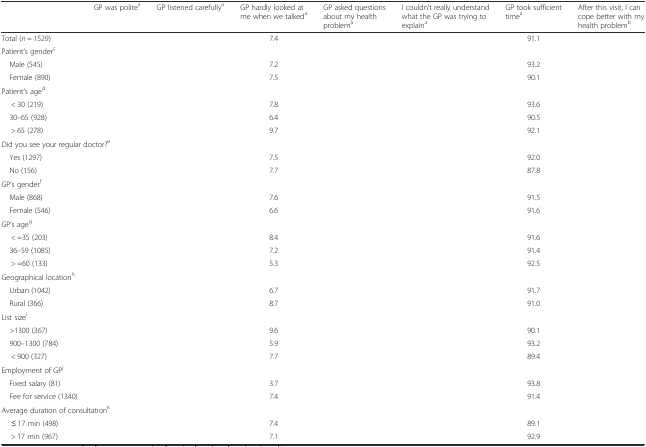
<table><thead><tr><td>[EMPTY_CELL]</td><td><b>GP was polite<sup>a</sup></b></td><td><b>GP listened carefully<sup>a</sup></b></td><td><b>GP hardly looked at me when we talked<sup>a</sup></b></td><td><b>GP asked questions about my health problem<sup>a</sup></b></td><td><b>I couldn’t really understand what the GP was trying to explain<sup>a</sup></b></td><td><b>GP took sufficient time<sup>a</sup></b></td><td><b>After this visit, I can cope better with my health problem<sup>b</sup></b></td></tr></thead><tbody><tr><td>Total (<i>n</i> = 1529)</td><td>[EMPTY_CELL]</td><td>[EMPTY_CELL]</td><td>7.4</td><td>[EMPTY_CELL]</td><td>[EMPTY_CELL]</td><td>91.1</td><td>[EMPTY_CELL]</td></tr><tr><td colspan="8">Patient’s gender<sup>c</sup></td></tr><tr><td> Male (545)</td><td>[EMPTY_CELL]</td><td>[EMPTY_CELL]</td><td>7.2</td><td>[EMPTY_CELL]</td><td>[EMPTY_CELL]</td><td>93.2</td><td>[EMPTY_CELL]</td></tr><tr><td> Female (890)</td><td>[EMPTY_CELL]</td><td>[EMPTY_CELL]</td><td>7.5</td><td>[EMPTY_CELL]</td><td>[EMPTY_CELL]</td><td>90.1</td><td>[EMPTY_CELL]</td></tr><tr><td colspan="8">Patient’s age<sup>d</sup></td></tr><tr><td>&lt; 30 (219)</td><td>[EMPTY_CELL]</td><td>[EMPTY_CELL]</td><td>7.8</td><td>[EMPTY_CELL]</td><td>[EMPTY_CELL]</td><td>93.6</td><td>[EMPTY_CELL]</td></tr><tr><td> 30–65 (928)</td><td>[EMPTY_CELL]</td><td>[EMPTY_CELL]</td><td>6.4</td><td>[EMPTY_CELL]</td><td>[EMPTY_CELL]</td><td>90.5</td><td>[EMPTY_CELL]</td></tr><tr><td>&gt; 65 (278)</td><td>[EMPTY_CELL]</td><td>[EMPTY_CELL]</td><td>9.7</td><td>[EMPTY_CELL]</td><td>[EMPTY_CELL]</td><td>92.1</td><td>[EMPTY_CELL]</td></tr><tr><td colspan="8">Did you see your regular doctor?<sup>e</sup></td></tr><tr><td> Yes (1297)</td><td>[EMPTY_CELL]</td><td>[EMPTY_CELL]</td><td>7.5</td><td>[EMPTY_CELL]</td><td>[EMPTY_CELL]</td><td>92.0</td><td>[EMPTY_CELL]</td></tr><tr><td> No (156)</td><td>[EMPTY_CELL]</td><td>[EMPTY_CELL]</td><td>7.7</td><td>[EMPTY_CELL]</td><td>[EMPTY_CELL]</td><td>87.8</td><td>[EMPTY_CELL]</td></tr><tr><td colspan="8">GP’s gender<sup>f</sup></td></tr><tr><td> Male (868)</td><td>[EMPTY_CELL]</td><td>[EMPTY_CELL]</td><td>7.6</td><td>[EMPTY_CELL]</td><td>[EMPTY_CELL]</td><td>91.5</td><td>[EMPTY_CELL]</td></tr><tr><td> Female (546)</td><td>[EMPTY_CELL]</td><td>[EMPTY_CELL]</td><td>6.6</td><td>[EMPTY_CELL]</td><td>[EMPTY_CELL]</td><td>91.6</td><td>[EMPTY_CELL]</td></tr><tr><td colspan="8">GP’s age<sup>g</sup></td></tr><tr><td>&lt; =35 (203)</td><td>[EMPTY_CELL]</td><td>[EMPTY_CELL]</td><td>8.4</td><td>[EMPTY_CELL]</td><td>[EMPTY_CELL]</td><td>91.6</td><td>[EMPTY_CELL]</td></tr><tr><td> 36–59 (1085)</td><td>[EMPTY_CELL]</td><td>[EMPTY_CELL]</td><td>7.2</td><td>[EMPTY_CELL]</td><td>[EMPTY_CELL]</td><td>91.4</td><td>[EMPTY_CELL]</td></tr><tr><td>&gt; =60 (133)</td><td>[EMPTY_CELL]</td><td>[EMPTY_CELL]</td><td>5.3</td><td>[EMPTY_CELL]</td><td>[EMPTY_CELL]</td><td>92.5</td><td>[EMPTY_CELL]</td></tr><tr><td colspan="8">Geographical location<sup>h</sup></td></tr><tr><td> Urban (1042)</td><td>[EMPTY_CELL]</td><td>[EMPTY_CELL]</td><td>6.7</td><td>[EMPTY_CELL]</td><td>[EMPTY_CELL]</td><td>91.7</td><td>[EMPTY_CELL]</td></tr><tr><td> Rural (366)</td><td>[EMPTY_CELL]</td><td>[EMPTY_CELL]</td><td>8.7</td><td>[EMPTY_CELL]</td><td>[EMPTY_CELL]</td><td>91.0</td><td>[EMPTY_CELL]</td></tr><tr><td colspan="8">List size<sup>i</sup></td></tr><tr><td> &gt;1300 (367)</td><td>[EMPTY_CELL]</td><td>[EMPTY_CELL]</td><td>9.6</td><td>[EMPTY_CELL]</td><td>[EMPTY_CELL]</td><td>90.1</td><td>[EMPTY_CELL]</td></tr><tr><td> 900–1300 (784)</td><td>[EMPTY_CELL]</td><td>[EMPTY_CELL]</td><td>5.9</td><td>[EMPTY_CELL]</td><td>[EMPTY_CELL]</td><td>93.2</td><td>[EMPTY_CELL]</td></tr><tr><td>&lt; 900 (327)</td><td>[EMPTY_CELL]</td><td>[EMPTY_CELL]</td><td>7.7</td><td>[EMPTY_CELL]</td><td>[EMPTY_CELL]</td><td>89.4</td><td>[EMPTY_CELL]</td></tr><tr><td colspan="8">Employment of GP<sup>j</sup></td></tr><tr><td> Fixed salary (81)</td><td>[EMPTY_CELL]</td><td>[EMPTY_CELL]</td><td>3.7</td><td>[EMPTY_CELL]</td><td>[EMPTY_CELL]</td><td>93.8</td><td>[EMPTY_CELL]</td></tr><tr><td> Fee for service (1340)</td><td>[EMPTY_CELL]</td><td>[EMPTY_CELL]</td><td>7.4</td><td>[EMPTY_CELL]</td><td>[EMPTY_CELL]</td><td>91.4</td><td>[EMPTY_CELL]</td></tr><tr><td colspan="8">Average duration of consultation<sup>k</sup></td></tr><tr><td>≤ 17 min (498)</td><td>[EMPTY_CELL]</td><td>[EMPTY_CELL]</td><td>7.4</td><td>[EMPTY_CELL]</td><td>[EMPTY_CELL]</td><td>89.1</td><td>[EMPTY_CELL]</td></tr><tr><td>&gt; 17 min (967)</td><td>[EMPTY_CELL]</td><td>[EMPTY_CELL]</td><td>7.1</td><td>[EMPTY_CELL]</td><td>[EMPTY_CELL]</td><td>92.9</td><td>[EMPTY_CELL]</td></tr></tbody></table>